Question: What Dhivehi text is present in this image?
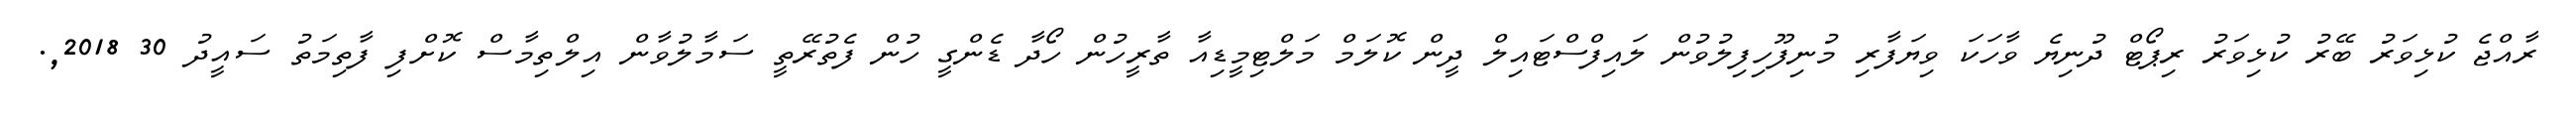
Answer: ރާއްޖެ ކުޅިވަރު ބޭރު ކުޅިވަރު ރިޕޯޓް ދުނިޔެ ވާހަކަ ވިޔަފާރި މުނިފޫހިފިލުވުން ލައިފްސްޓައިލް ދީން ކޮލަމް މަލްޓިމީޑިއާ ތާރީހުން ހޯދާ ޑެންގީ ހުން ފެތުރޭތީ ސަމާލުވާން އިލްތިމާސް ކޮށްފި ފާތިމަތު ސައީދު 30 2018,.